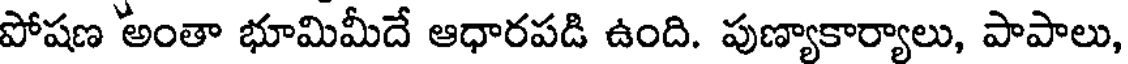
పోషణ అంతా భూమిమీదే ఆధారపడి ఉంది. పుణ్యాకార్యాలు, పాపాలు,